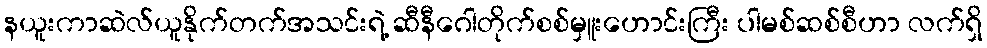
နယူးကာဆဲလ်ယူနိုက်တက်အသင်းရဲ့ ဆီနီဂေါတိုက်စစ်မှူးဟောင်းကြီး ပါမစ်ဆစ်စီဟာ လက်ရှိ